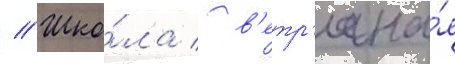
// Шко́ла / в'етр'яна́я